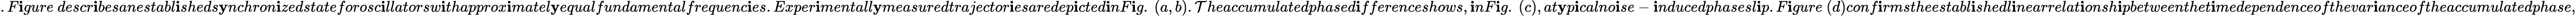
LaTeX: .F\mathbf{i}gure~descr\mathbf{i}besanestabl\mathbf{i}sheds\mathbf{y}nchron\mathbf{i}zedstateforosc\mathbf{i}llatorsw\mathbf{i}thapprox\mathbf{i}matel\mathbf{y}equalfundamentalfrequenc\mathbf{i}es.Exper\mathbf{i}mentall\mathbf{y}measuredtrajector\mathbf{i}esaredep\mathbf{i}cted\mathbf{i}nF\mathbf{i}g.~(a,b).\mathcal{T}heaccumulatedphased\mathbf{i}fferenceshows,\mathbf{i}nF\mathbf{i}g.~(c),at\mathbf{y}p\mathbf{i}calno\mathbf{i}se-\mathbf{i}nducedphasesl\mathbf{i}p.F\mathbf{i}gure~(d)conf\mathbf{i}rmstheestabl\mathbf{i}shedl\mathbf{i}nearrelat\mathbf{i}onsh\mathbf{i}pbetweenthet\mathbf{i}medependenceofthevar\mathbf{i}anceoftheaccumulatedphase,